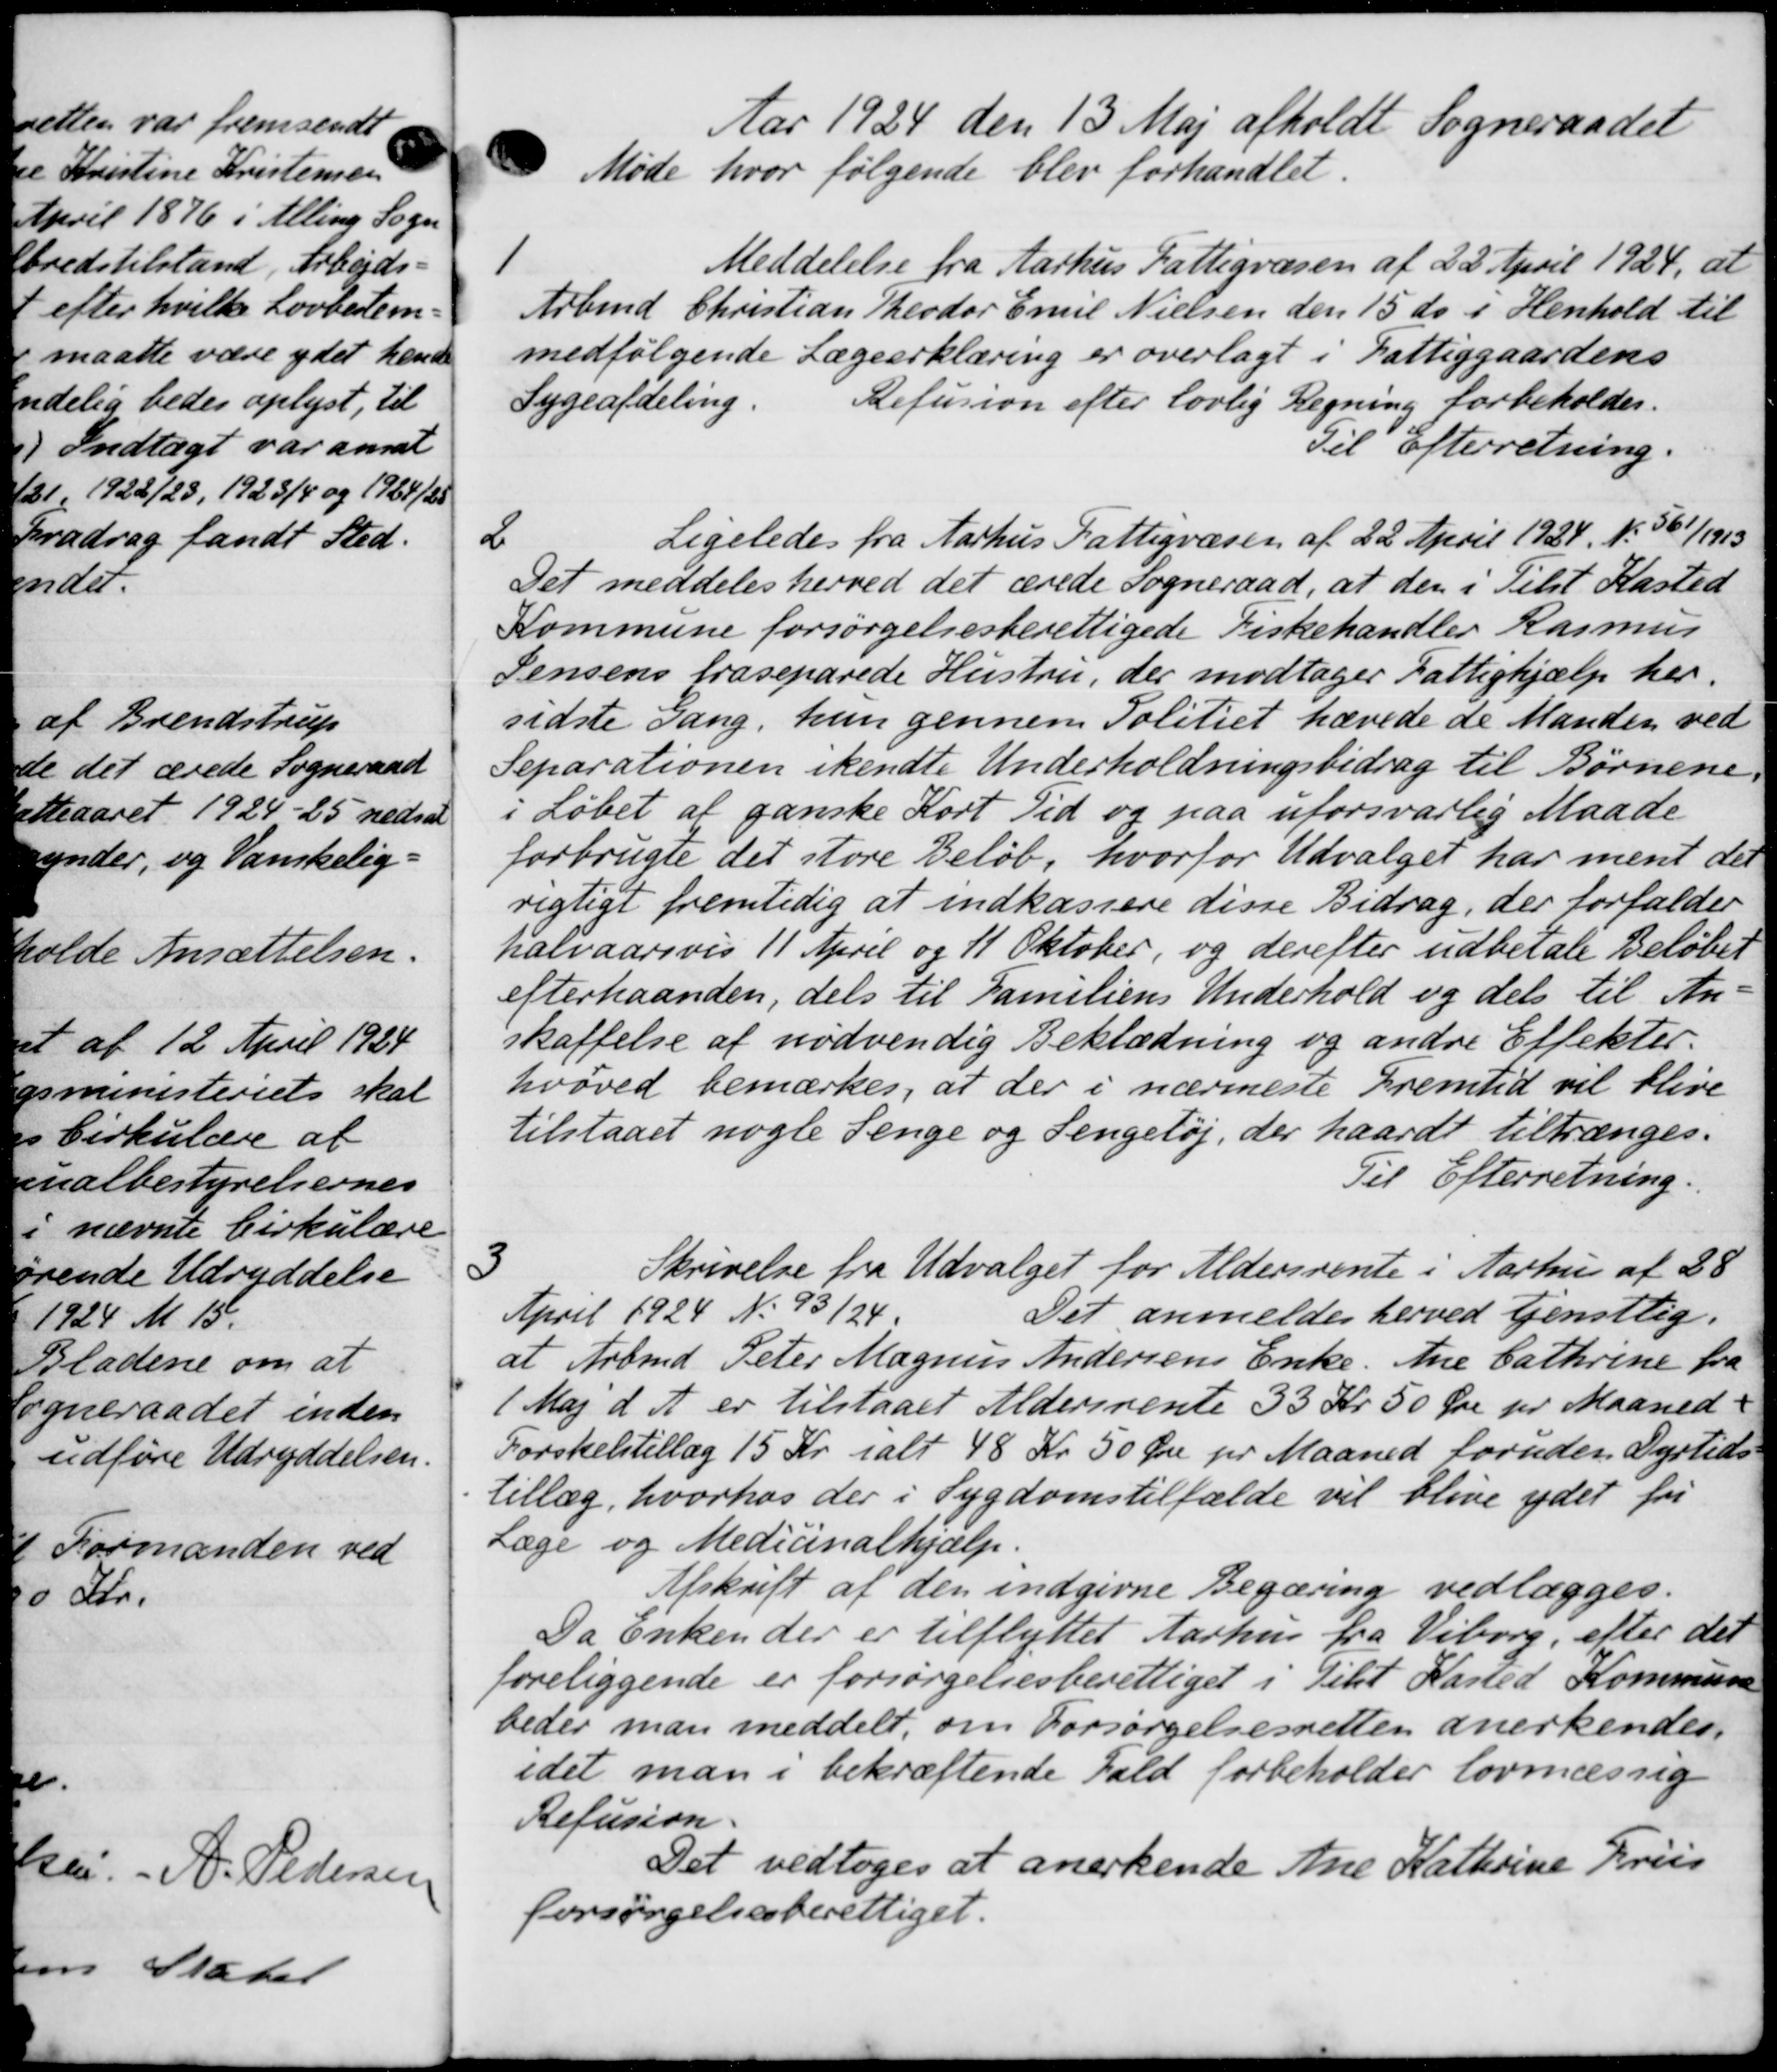
Transskription:
Aar 1924 den 13 Maj afholdt Sogneraadet
Møde hvor følgende blev forhandlet.

Meddelelse fra Aarhus Fattigvæsen af 22 April 1924, at
Arbmd Christian Theodor Emil Nielsen den 15 ds. i Henhold til
medfølgende Lægeerklæring er overlagt i Fattiggaardens
Sygeafdeling.
Refusion efter lovlig Regning forbeholdes.
Til Efterretning.
2
Ligeledes fra Aarhus Fattigvæsen af 22 April 1934. №. 361/1913
Det meddeles herved det ærede Sogneraad, at den i Tilst Kasted
Kommune forsørgelsesberettigede Fiskehandler Rasmus
Jensens fraseparede Hustru, der modtager Fattighjælp her.
sidste Gang, hun gennem Politiet hævede de Manden ved
Separationen ikendte Underholdningsbidrag til Børnene.
i Løbet af ganske Kort Tid og paa uforsvarlig Maade
forbrugte det store Beløb, hvorfor Udvalget har ment der
rigtigt fremtidig at indkassere disse Bidrag, der forfalder
halvaarsvis 11 April og 11 Oktober, og derefter udbetale Beløbet
efterhaanden, dels til Familiens Underhold og dels til An-
skaffelse af nødvendig Beklædning og andre Effekter.
hvoved bemærkes, at der i nærmeste Fremtid vil blive
tilstaaet nogle Senge og Sengetøj, der haardt tiltrænges.
Til Efterretning.
3
Skrivelse fra Udvalget for Aldersrente i Aarhus af 28
April 1924 No 93/24.
Det anmeldes herved tjenstlig.
at Arbmd. Peter Magnus Andersens Enke. Ane Cathrine fra
1 Maj d. A. er tilstaaet Aldersrente 33 Kr. 50 Øre pr Maaned-
Forskelstillæg 15 Kr. ialt 48 Kr 50 Øre pr Maaned foruden Dyrtids
tillæg, hvorhos der i Sygdomstilfælde vil blive ydet fri
Læge og Medicinalhjælp.
Afskrift af den indgivne Begæring vedlægges.
Da Enken der er tilflyttet Aarhus fra Viborg, efter der
foreliggende er forsørgelsesberettiget i Tilst Kasted Kommune
beder man meddelt, om Forsørgelsesretten anerkendes.
idet man i bekræftende Fald forbeholder lovmæssig
Refusion.
Det vedtoges at anerkende Ane Kathrine Friis
forsørgelsesberettiget.